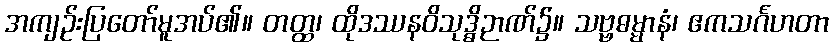
အကျဉ်းပြတော်မူအပ်၏။ တတ္ထ၊ ထိုဒဿနဝိသုဒ္ဓိဉာဏ်၌။ သဗ္ဗဓမ္မာနံ၊ ဧကသင်္ဂဟတာ